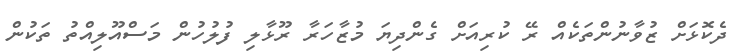
ދެކޮޅަށް ޒުވާނުންތަކެއް ރޭ ކުރިއަށް ގެންދިޔަ މުޒާހަރާ ރޫޅާލި ފުލުހުން މަސްއޫލިއްތު ތަކުން